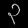
Digit: ၃